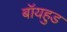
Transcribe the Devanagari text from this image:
बॉयहुड